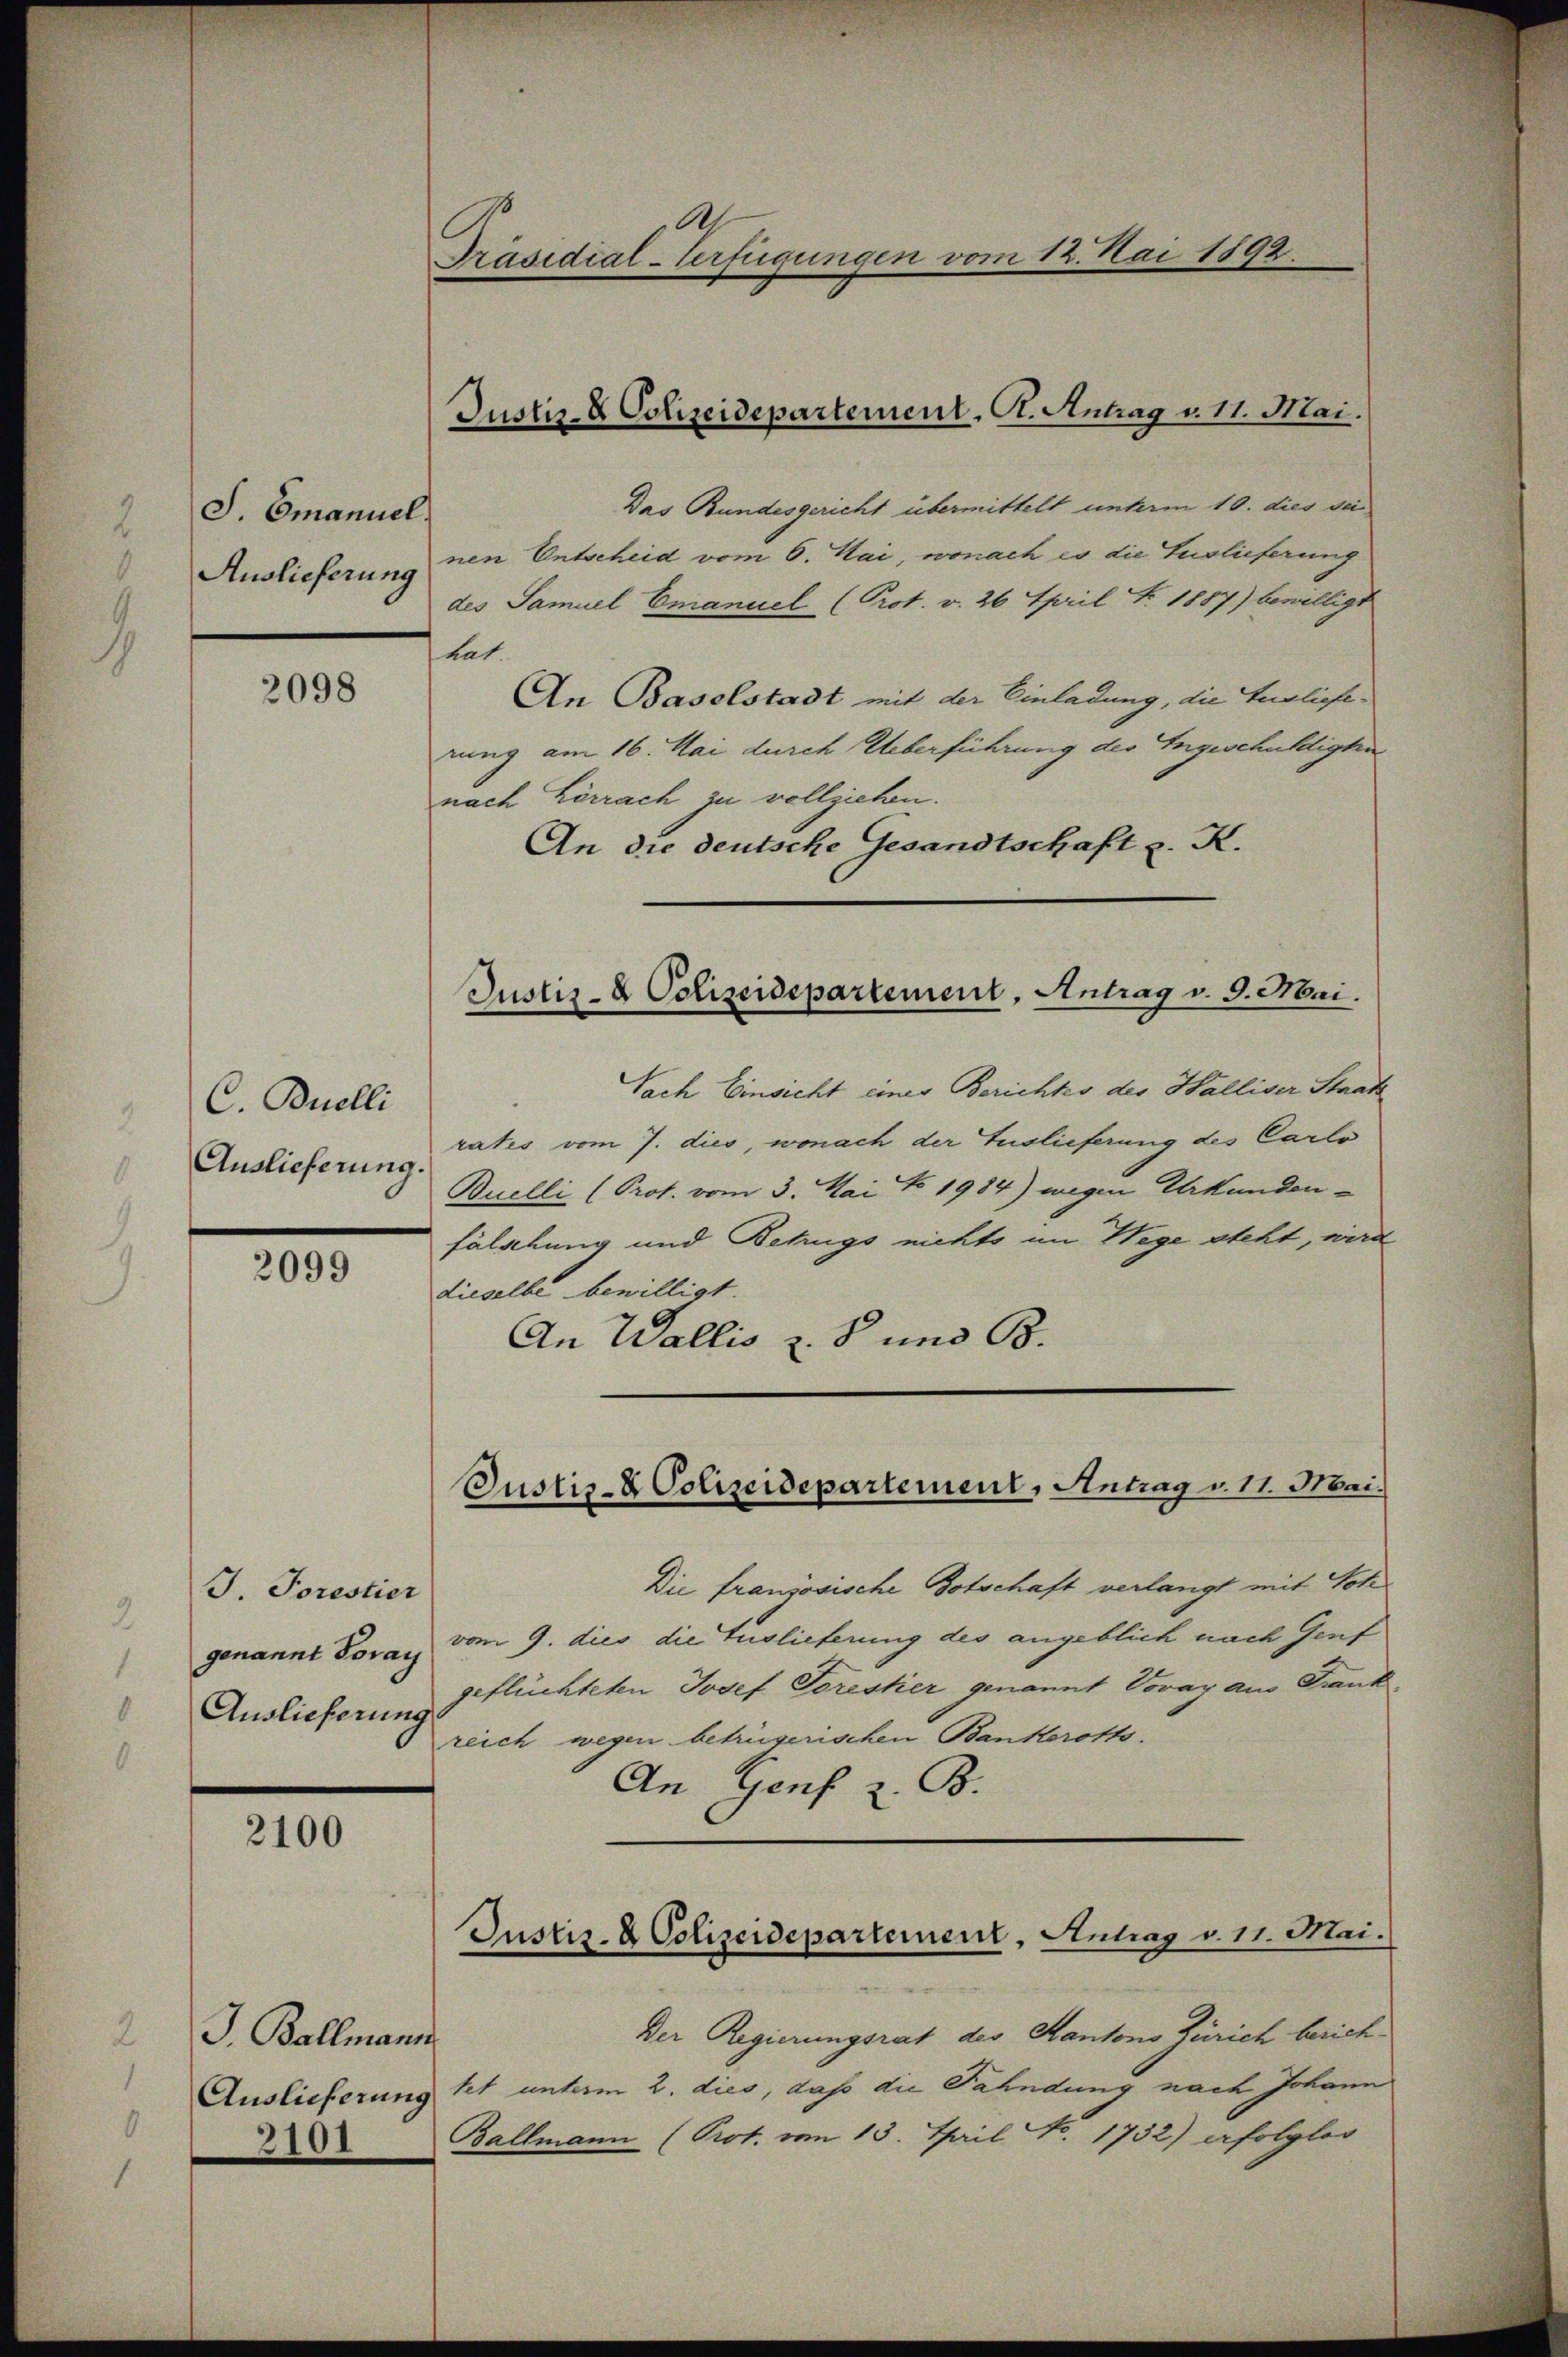
S. Emanuel
Auslieferung

2098

C. Buelli
Auslieferung.

2099

J. Torestier
genannt Poray
Auslieferung

2100

J. Ballmann

3101

Präsidial-Verfügungen vom 12. Mai 1892.

Das Bundesgericht übermittelt unterm 10. dies sei
nen Entscheid vom 6. Mai, wonach es die Auslieferung
des Samuel Emanuel (Prot. v. 26 April Fr. 1887) bewilligt
tat.
An Baselstadt mit der Einladung, die Auslieferung am 16. Mai durch Ueberführung der Ingeschichtigten
nach Lörrach zu vollziehen.
An die deutsche Gesandtschaft z. K.

Justiz- & Polizeidepartement. A. Antrag v. 11. Mai.

Justiz- & Polizeidepartement, Antrag v. 9. Mai.

Sach Einsicht einer Berichtes des Halliser Staats
ratis vom 7. dies, wonach der Auslieferung des Carlo
Buelli (Prot. vom 3. Mai No 1984) wegen Urkunden-
fälschung und Bezugs nichts im Wege steht, wird
dieselbe bewilligt.
An Wallis z. B. und B.

Justiz- & Polizeidepartement, Antrag v. 11. Mai.

Die französische Botschaft verlangt mit Soh
vom 9. dies die Tuslieferung des angeblich nach Genf
geflüchteten Josef Torestier genannt Vovay aus Frankreich wegen betrügerischen Bankerotts.
An Genf B.

Justiz- & Polizeidepartement, Antrag v. 11. Mai.

Der Regierungsrat des Kantons Zürich berich¬
Auslieferung het unterm 2. dies, daß die Fahndung nach Johann
Ballmann (Prot. vom 13. April No. 1732) erfolglos